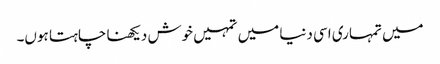
میں تمہاری اسی دنیا میں تمہیں خوش دیکھنا چاہتا ہوں۔